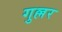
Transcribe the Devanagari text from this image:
गुल्लर